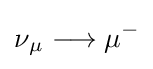
{\mathrm {\nu } {\vphantom {A}}_{\smash[{t}]{\mathrm {\mu } }}{}\mathrel {\longrightarrow } {}\mathrm {\mu } {\vphantom {A}}^{-}}